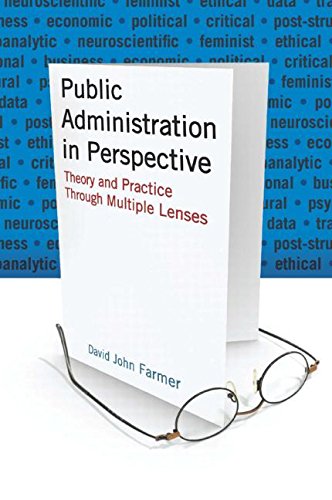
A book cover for Public Administration in Perspective: Theory and Practice Through Multiple Lenses; David John Farmer; Business & Money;